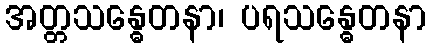
အတ္တသန္ဓေတနာ၊ ပရသန္ဓေတနာ